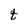
Character: t